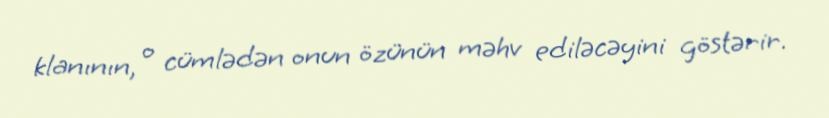
klanının, o cümlədən onun özünün məhv ediləcəyini göstərir.